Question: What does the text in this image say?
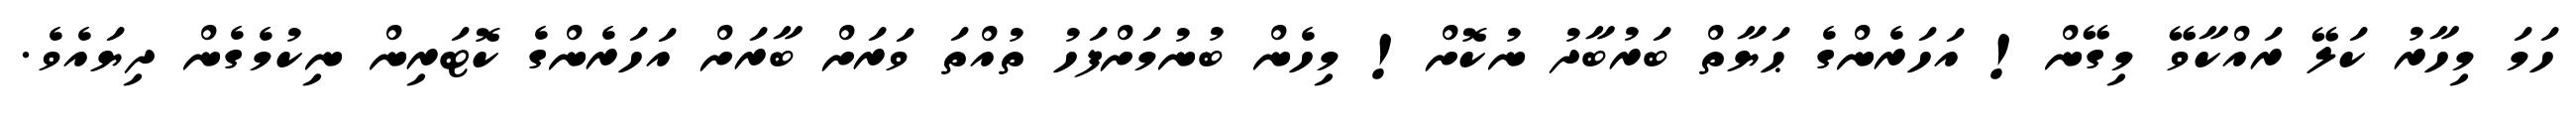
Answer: ހަމަ މިހާރު ކަލޭ ރައްކާވޭ މިގޭން! އަހަރެންގެ ޙަޔާތް ބަރުބާދު ނުކޮށް! މިހެން ބުނުމަށްފަހު ތުއްތަ ވަރަށް ބާރަށް އަހަރެންގެ ކޮޓަރިން ނިކުމެގެން ދިޔައެވެ.